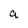
Character: a